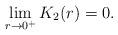
LaTeX: \begin{align*}\lim_{r\to 0^+} K_2(r)=0.\end{align*}